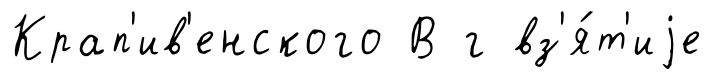
Крап'ив'енского В г вз'я́т'иjе